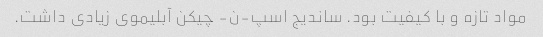
مواد تازه و با کیفیت بود. ساندیج اسپ-ن- چیکن آبلیموی زیادی داشت.